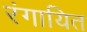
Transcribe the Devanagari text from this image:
रंगायित